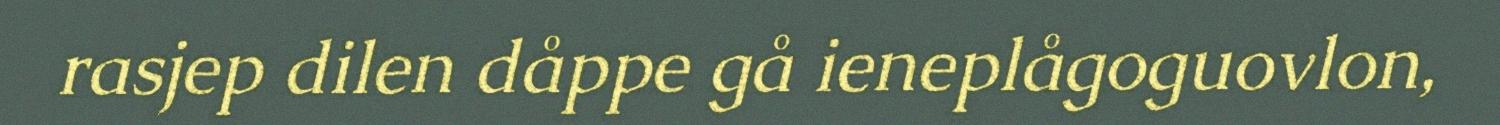
rasjep dilen dåppe gå ieneplågoguovlon,